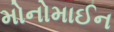
મોનોમાઈન